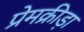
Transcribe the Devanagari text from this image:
प्रेमक्रीड़ा